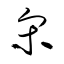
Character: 宋